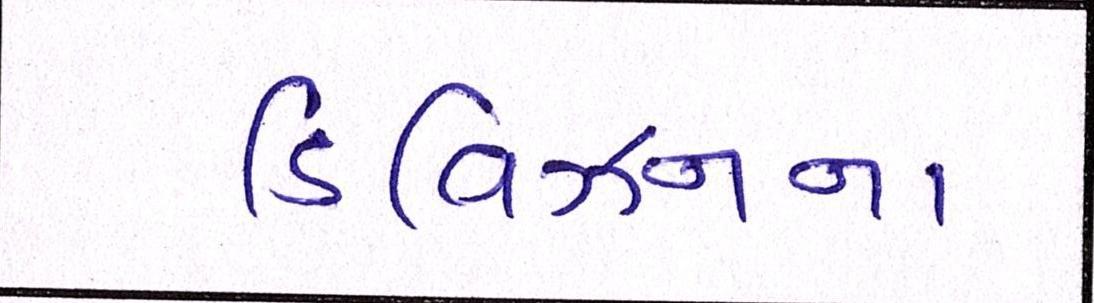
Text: ડિવિઝનના